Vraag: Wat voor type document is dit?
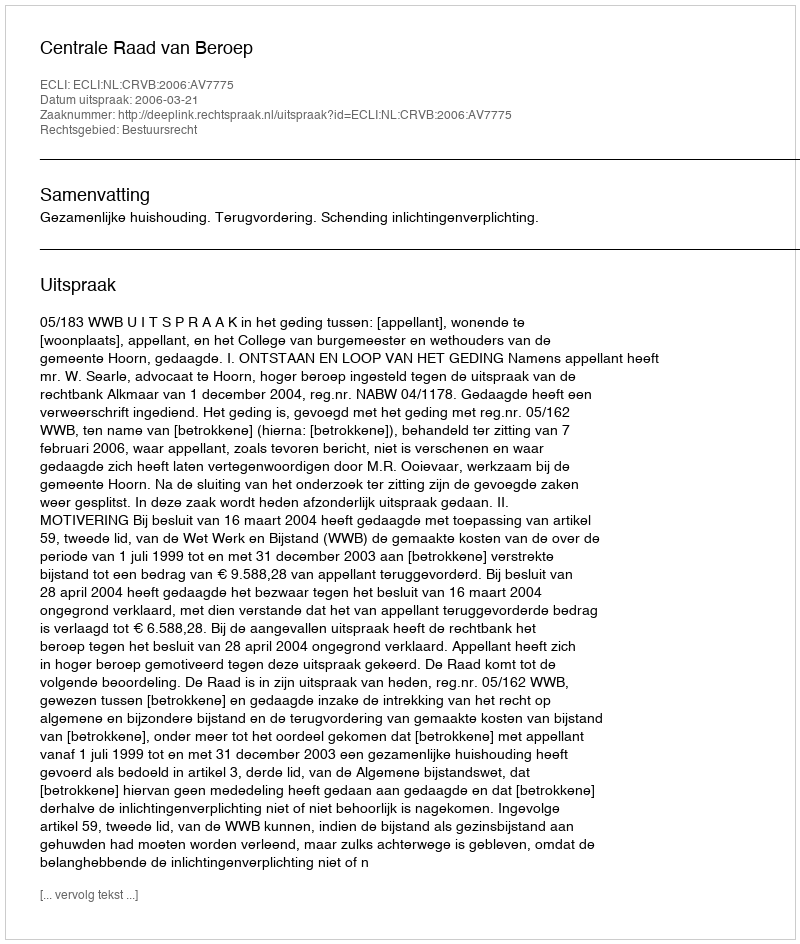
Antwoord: Uitspraak